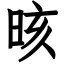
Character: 晐